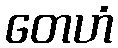
တေဟံ